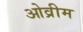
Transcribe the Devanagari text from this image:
ओव्रीम